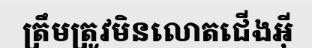
ត្រឹមត្រូវមិនលោតជើងអ៊ី